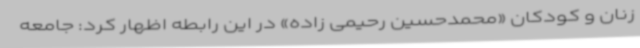
زنان و کودکان «محمدحسین رحیمی زاده» در این رابطه اظهار کرد: جامعه